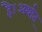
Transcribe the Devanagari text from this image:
है।अर्थात्